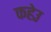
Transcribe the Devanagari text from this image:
कहेउ